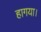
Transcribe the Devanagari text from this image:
हागया।